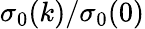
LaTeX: \sigma_{0}(k)/\sigma_{0}(0)